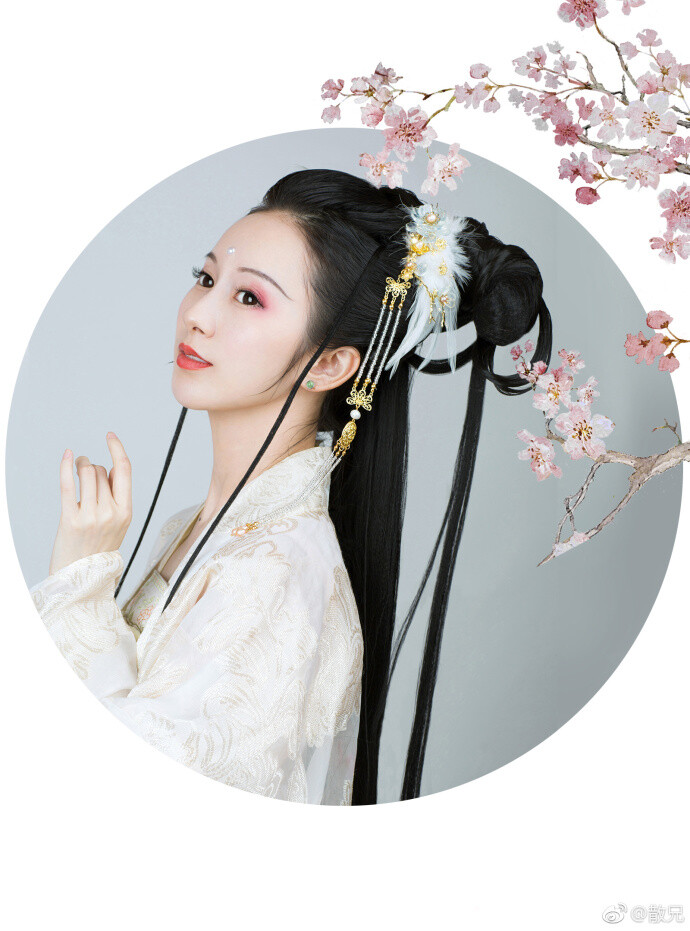
胭脂洗出秋阶影，冰雪招来露砌魂。